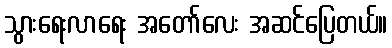
သွားရေးလာရေး အတော်လေး အဆင်ပြေတယ်။